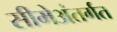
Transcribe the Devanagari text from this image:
सीमेअंतर्गत